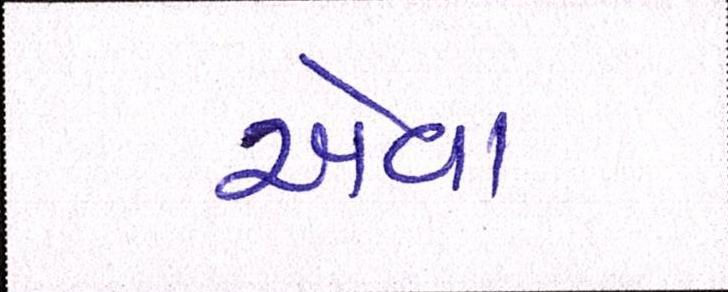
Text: એવાં